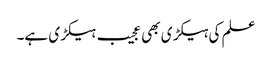
علم کی ہیکڑی بھی عجیب ہیکڑی ہے۔